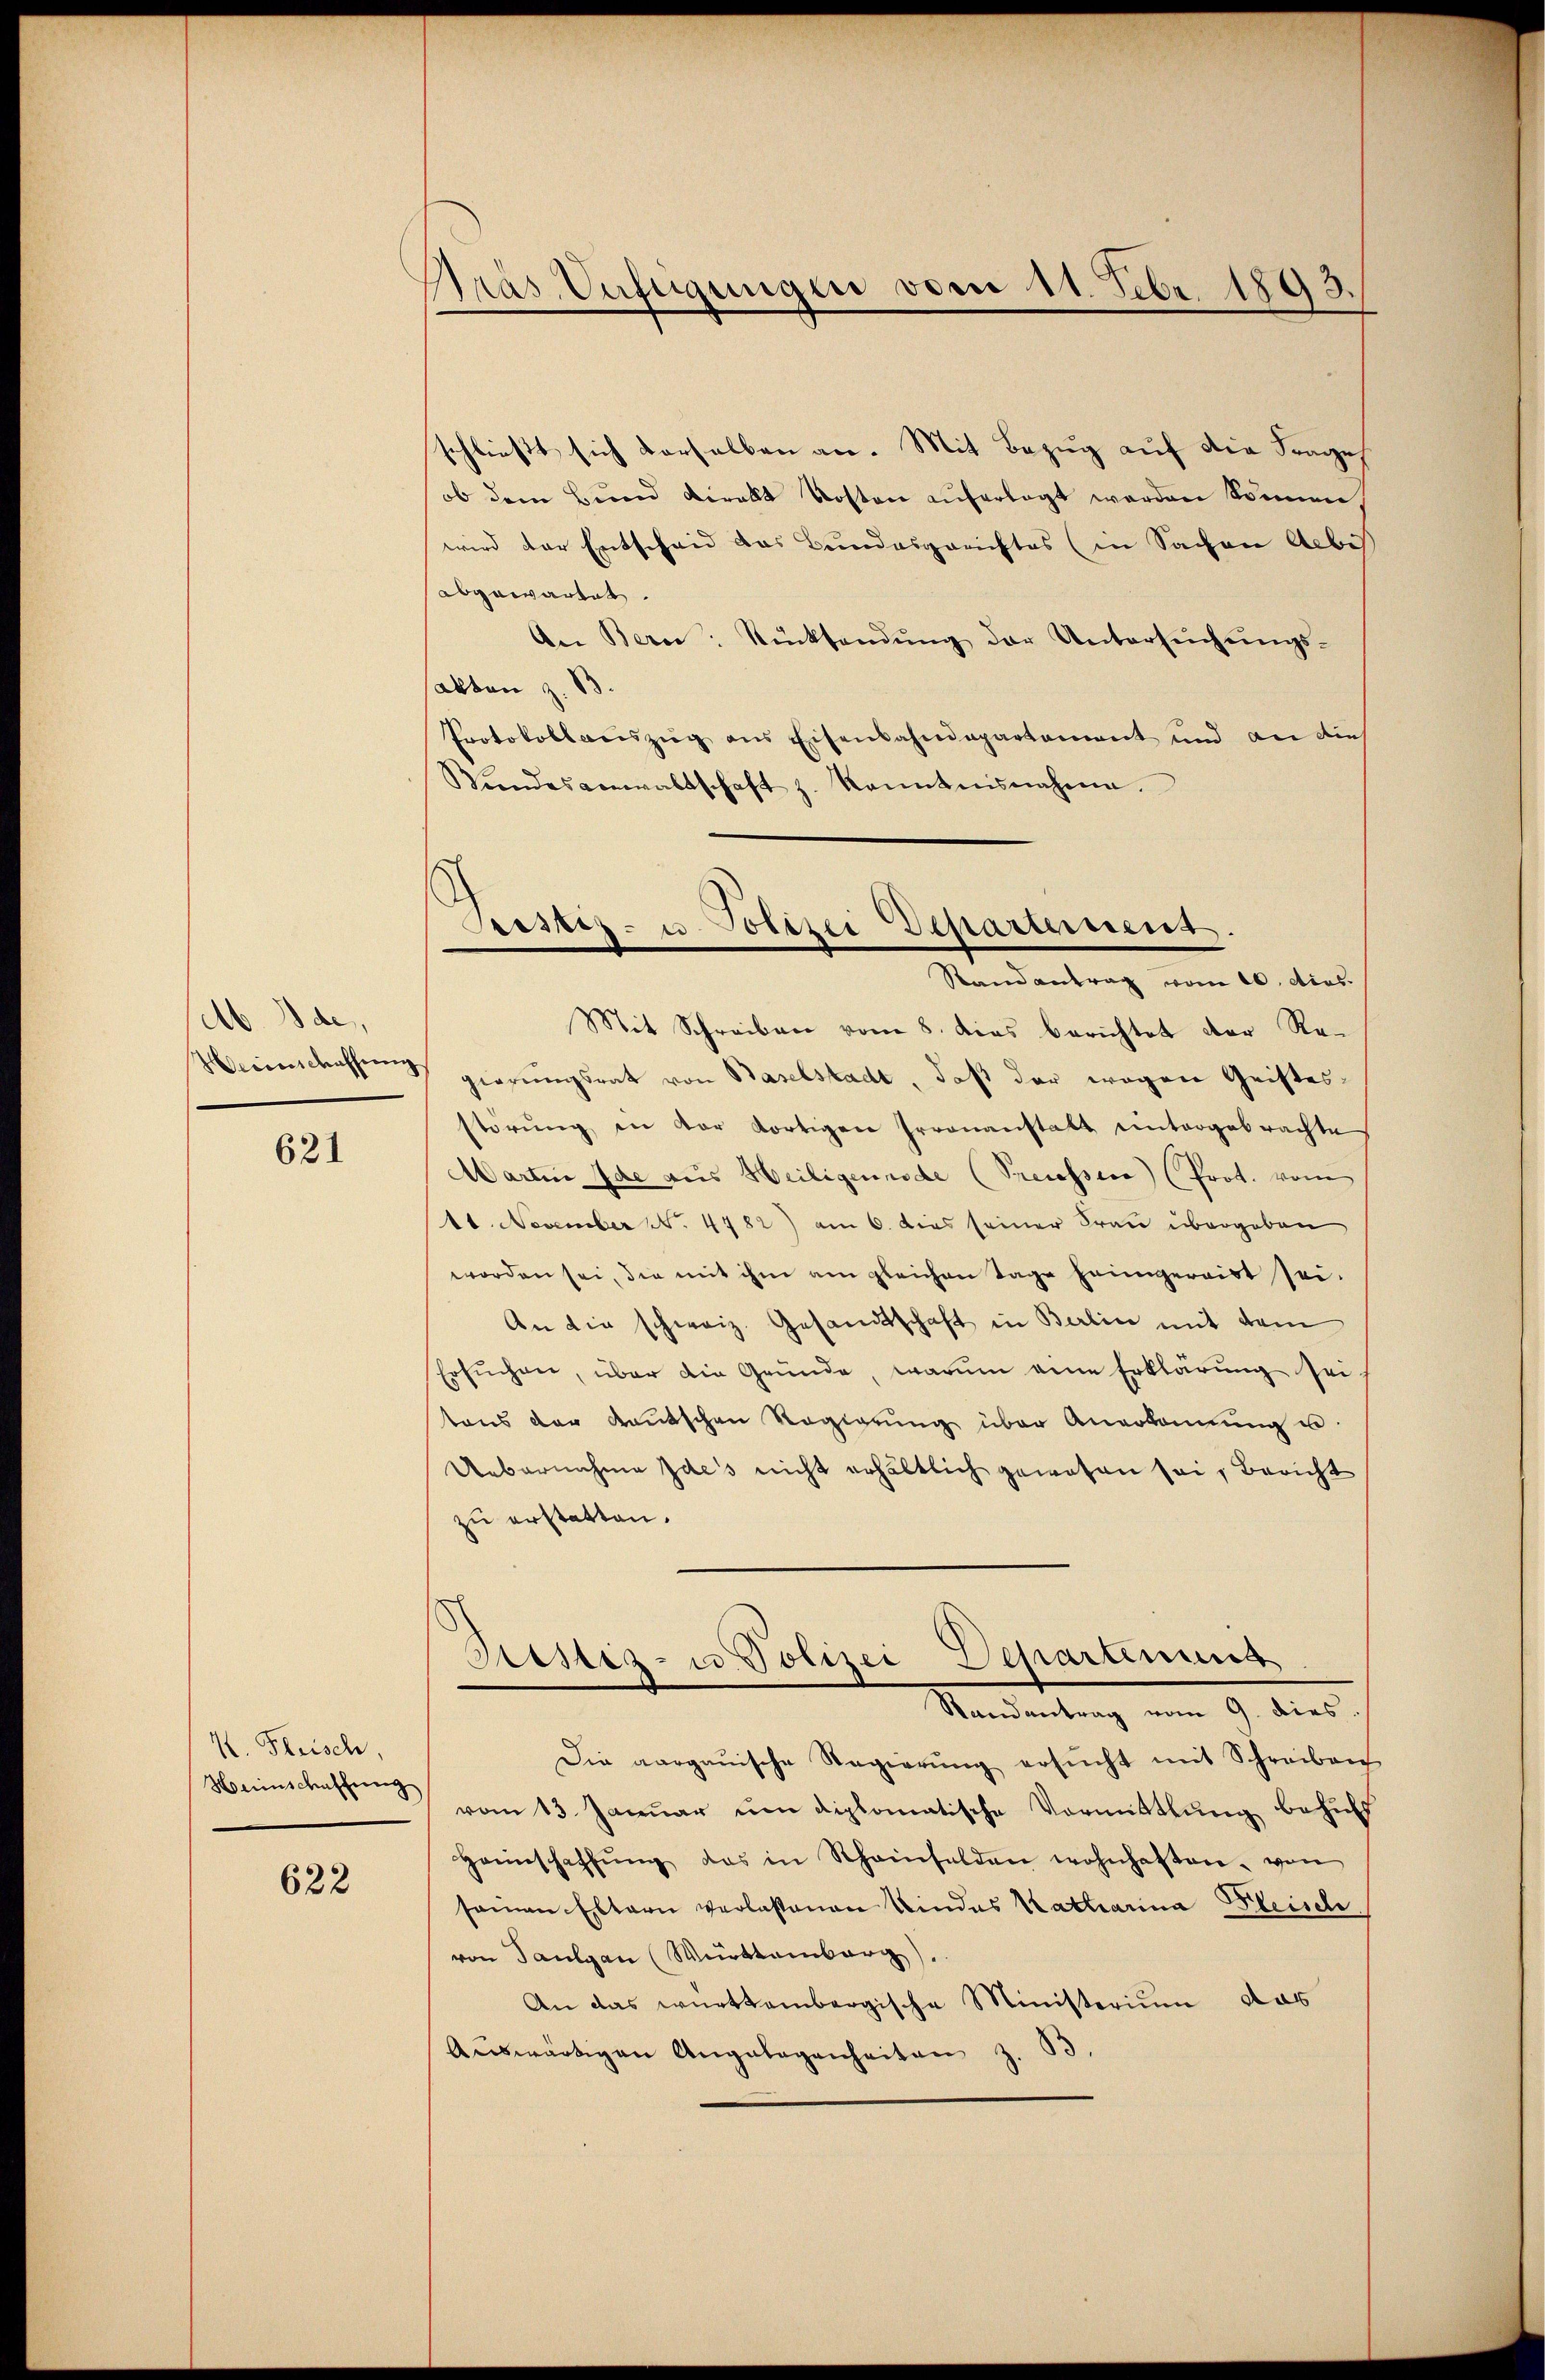
M. Ide
Heiderschaffung

621

K. Fleisch,
Heinschaffung

622

Präs. Unfügungen vom 11. Febr. 1893.

schließt sich derselben an. Mit Bezug auf die Frage
ob dem Bund viralt Kosten auferlegt werden können,
wird der Entscheid das Bundesgerichtes (in Sachen Albis
abgewartet.
An Bern. Rücksendŭng der Untersŭchŭngs-
akten z. B.
Protokollaŭszŭg ans Eisenbahndepartement und an dies
Bŭndesanwaltschaft z. Kenntnisnahme.

Prostiz- u. Polizei Departement.
Randantrag vom 10. dies.

Mit Schreiben vom 8. dies berichtet der Regierungsrat von Baselstadt, daß der wegen Gristesstörung in vor dortigen Irrenanstalt untergebrachte
Martin Ide aus Heiligennode (Precessere) (Prot. vom
111. November N. 4782) am 6. dies seiner Frau übergeben
worden sei, die mit ihm am gleichen Tage heimgereist sei.
An die schweiz. Gesandtschaft in Berlin mit dem
Ersuchen, über die Gründe, warum eine Erklärung sei
tons der Kautschen Regierŭng über Anerkannŭng u.
Uebernahme des nicht erhältlich gewesen sei, Bericht
zu erstatten.
Schartenung
Justiz- u. Polizei
Randantrag vom 9. dies.
Die aargauische Regierŭng ersŭcht mit Schreiben
vom 13. Januar um diplomatische Vormittlung behufs
Haunschaffŭng das in Scheinfelden wohnhaften von
seinen Eltern verlaßenen Kindes Katharina Fleisch
von Paulgau (Württemberg).
An das württembergische Ministerium das
Aŭswärtigen Angelegenheiten z. S.